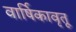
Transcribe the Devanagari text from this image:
वार्षिकावृतू